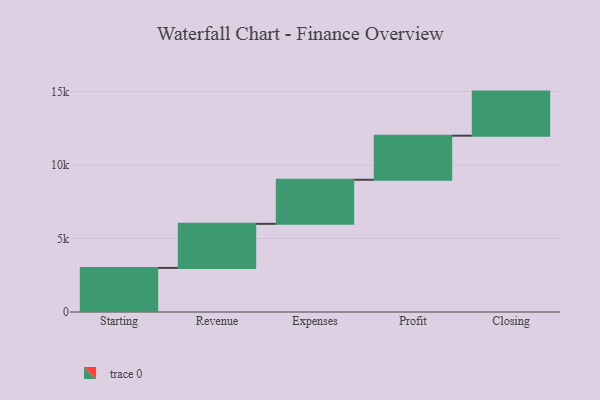
{"axis": {"x": "Step", "y": "Value"}, "legend": [""], "data": [{"x": "Starting", "y": 3000, "type": ""}, {"x": "Revenue", "y": 3000, "type": ""}, {"x": "Expenses", "y": 3000, "type": ""}, {"x": "Profit", "y": 3000, "type": ""}, {"x": "Closing", "y": 3000, "type": ""}]}